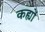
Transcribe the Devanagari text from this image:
कह्यों